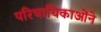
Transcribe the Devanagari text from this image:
परिचायिकाओंने